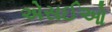
એસઈઓ